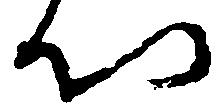
以